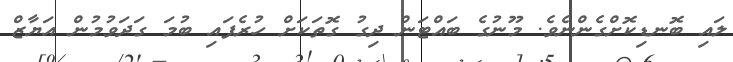
ލައި ބޮނޑިކޮށްގެންނެވެ. މޫނުގެ ބައްޓަން ދިގު ގޮތަކަށް ހުރެފައި ބުމަ ގަދަވުމުން އަޔާޒް